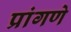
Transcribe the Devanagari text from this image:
प्रांगणे